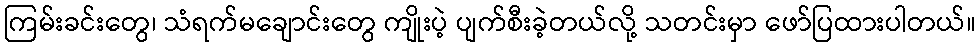
ကြမ်းခင်းတွေ၊ သံရက်မချောင်းတွေ ကျိုးပဲ့ ပျက်စီးခဲ့တယ်လို့ သတင်းမှာ ဖော်ပြထားပါတယ်။